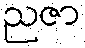
ညဇာ